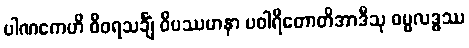
ပါဏကေဟိ စီဝရသင်္ချံ ဝိပဿမာနာ ပဝါရိတောတိအာဒီသု ဓမ္မလဒ္ဓဿ